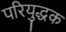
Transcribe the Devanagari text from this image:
परियुद्धक